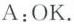
A:OK.